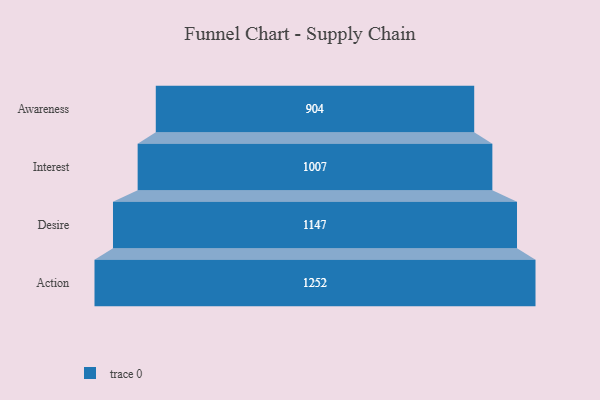
{"axis": {"x": "Stage", "y": "Value"}, "legend": [""], "data": [{"x": "Awareness", "y": 904.0, "type": ""}, {"x": "Interest", "y": 1007.0, "type": ""}, {"x": "Desire", "y": 1147.0, "type": ""}, {"x": "Action", "y": 1252.0, "type": ""}]}